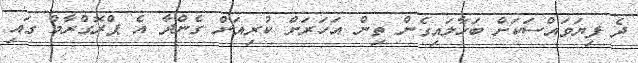
ދެ ފިޔަވައްސަކަށް ބަހާލައިގެން ތިން އަހަރަށް ކުރިއަށް ގެންދާ އެ ޕްރޮގްރާމް ގައި